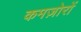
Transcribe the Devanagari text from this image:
कमज़ोरों